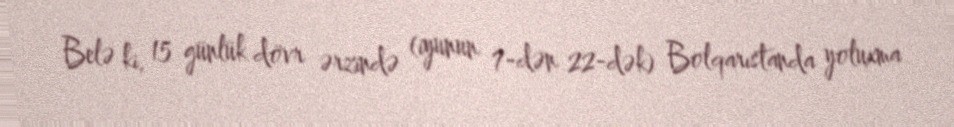
Belə ki, 15 günlük dövr ərzində (iyunun 7-dən 22-dək) Bolqarıstanda yoluxma